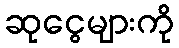
ဆုငွေများကို